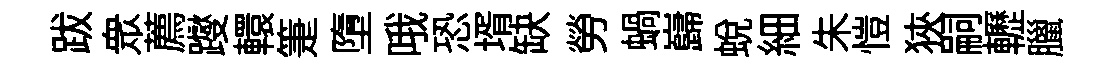
跋衆薦躞轘箑墮哦恐壻缺勞蝸巋蜕細朱愷狹嗣轣臘